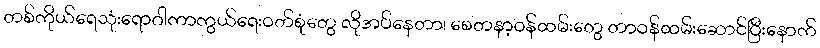
တစ်ကိုယ်ရေသုံးရောဂါကာကွယ်ရေးဝတ်စုံတွေ လိုအပ်နေတာ၊ စေတနာ့ဝန်ထမ်းတွေ တာဝန်ထမ်းဆောင်ပြီးနောက်